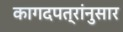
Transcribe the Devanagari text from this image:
कागदपत्रांनुसार